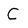
Character: C